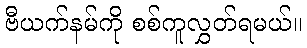
ဗီယက်နမ်ကို စစ်ကူလွှတ်ရမယ်။